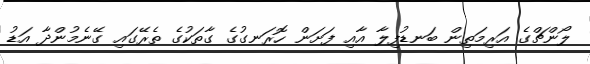
ލޯންޗްގެ އަރިމަތިން ބަނޑުފިލާ އާއި ފަށަން ހޮރަނގުގެ ގާތަކުގެ ތެރޭގައި ގޭނެމުންދާ އަޑު